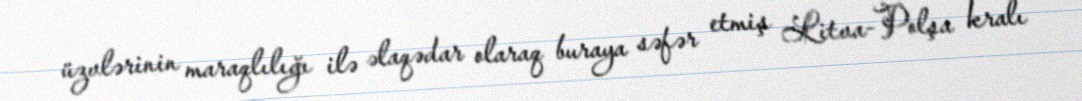
üzvlərinin maraqlılığı ilə əlaqədar olaraq buraya səfər etmiş Litva-Polşa kralı